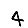
Digit: 4